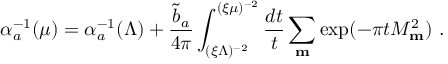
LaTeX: \alpha _ { a } ^ { - 1 } ( \mu ) = \alpha _ { a } ^ { - 1 } ( \Lambda ) + { \frac { { \widetilde b } _ { a } } { 4 \pi } } \int _ { ( \xi \Lambda ) ^ { - 2 } } ^ { ( \xi \mu ) ^ { - 2 } } { \frac { d t } { t } } \sum _ { { \bf m } } \exp ( - \pi t M _ { \bf m } ^ { 2 } ) ~ .